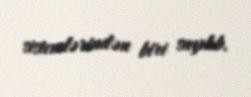
sistemlərindən biri sayılıb.